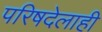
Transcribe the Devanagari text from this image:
परिषदेलाही